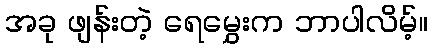
အခု ဖျန်းတဲ့ ရေမွှေးက ဘာပါလိမ့်။